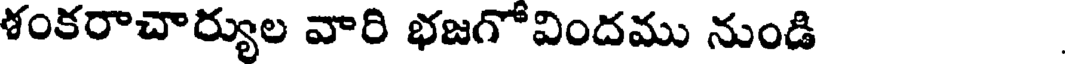
శంకరాచార్యుల వారి భజగోవిందము నుండి